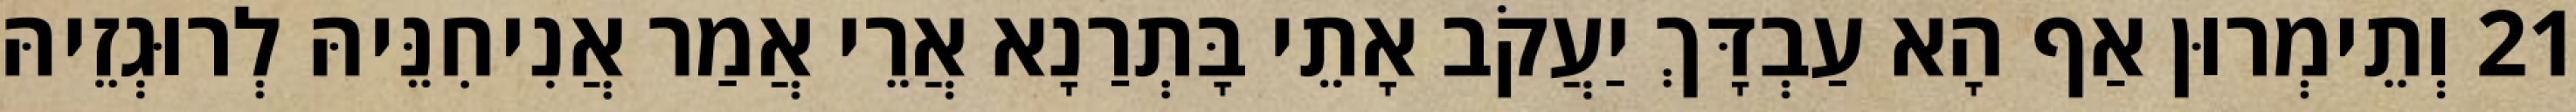
21 וְתֵימְרוּן אַף הָא עַבְדָּךְ יַעֲקֹב אָתֵי בָּתְרַנָא אֲרֵי אֲמַר אֲנִיחִנֵּיהּ לְרוּגְזֵיהּ